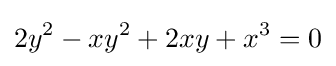
2y^{2}-xy^{2}+2xy+x^{3}=0